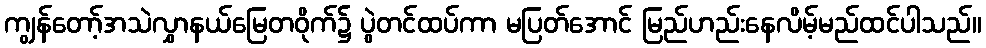
ကျွန်တော့်အသဲလွှာနယ်မြေတဝိုက်၌ ပွဲတင်ထပ်ကာ မပြတ်အောင် မြည်ဟည်းနေလိမ့်မည်ထင်ပါသည်။